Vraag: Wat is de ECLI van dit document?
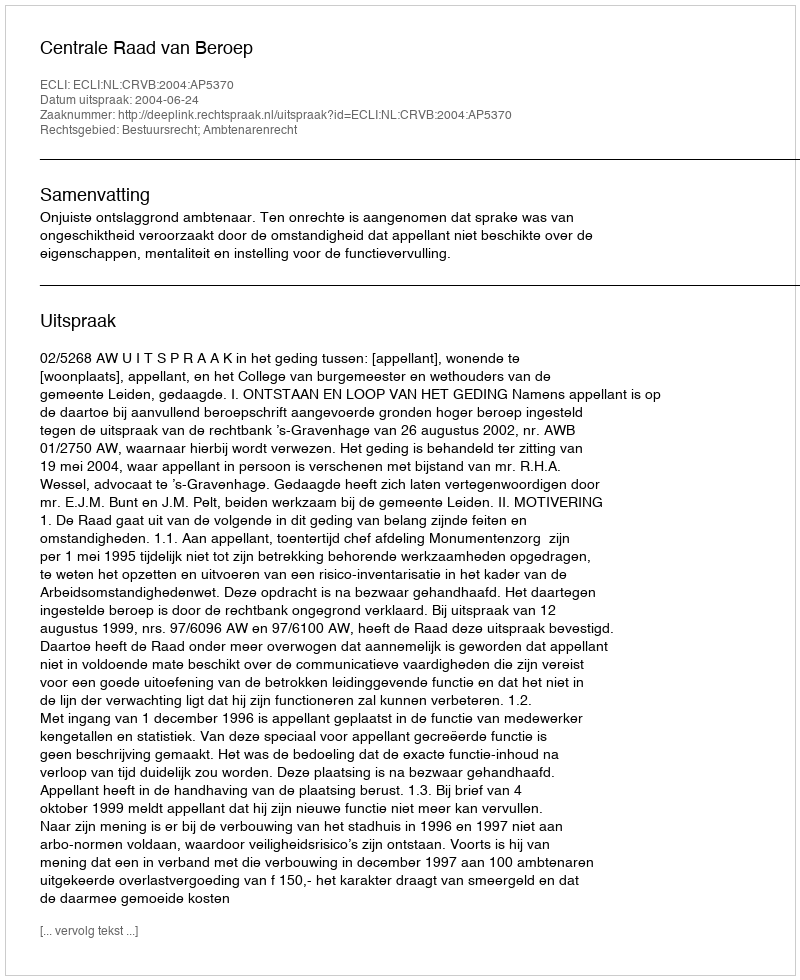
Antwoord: ECLI:NL:CRVB:2004:AP5370